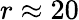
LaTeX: r\approx 20